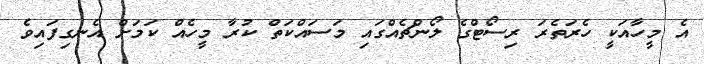
އެ މީހާއަކީ ހެރަތެރަ ރިސޯޓްގެ ލޯންޗެއްގައި މަސައްކަތް ކުރާ މީހެއް ކަމަށް އެނގިފައިވެ